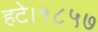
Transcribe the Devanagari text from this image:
हटे।१८५७